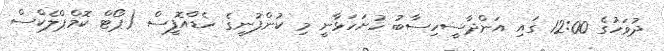
ދުވަހުގެ 12:00 ގައި އަންދާސީހިސާބު ހުށަހަޅާނީ މި ކުންފުނީގެ ހެޑްއޮފީސް (ޕޯޓް ކޮމްޕްލެކްސް